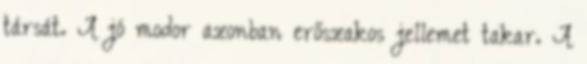
társát. A jó modor azonban erőszakos jellemet takar. A